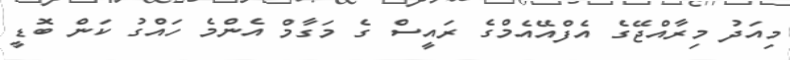
މިއަދު މިރާއްޖޭގެ އެފްއޭއެމްގެ ރައީސް ގެ މަގާމް އެންމެ ހައްގު ކަން ބޮޑީ